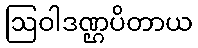
ဩဝါဒဏ္ဌပိတာယ